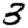
Digit: 3